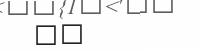
٧٧